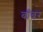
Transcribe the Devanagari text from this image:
बॉबर